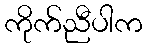
ကိုက်ညီပါက